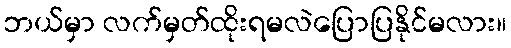
ဘယ်မှာ လက်မှတ်ထိုးရမလဲပြောပြနိုင်မလား။